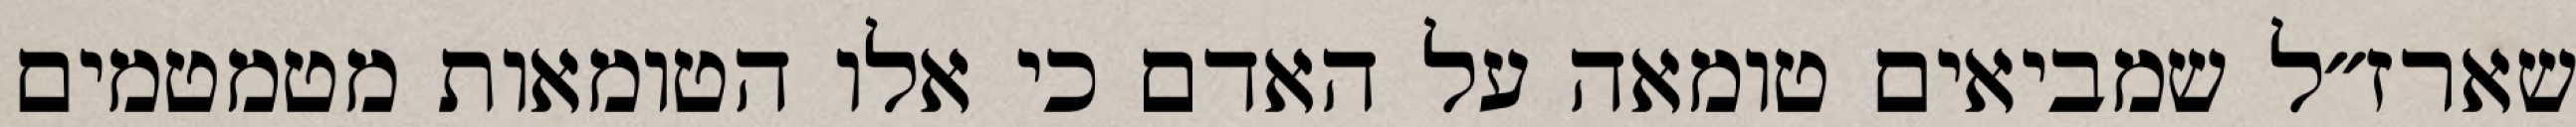
שארז״ל שמביאים טומאה על האדם כי אלו הטומאות מטמטמים